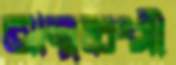
আত্মধ্বংসী